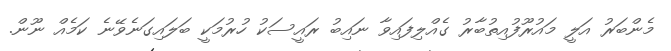
މެންބަރު އަލީ މައުރޫފުއިތުބާރު ގެއްލިފައިވާ ނައިބު ރައީސަކު ހުރުމަކީ ބަލައިގަނެވޭނެ ކަމެއް ނޫން.